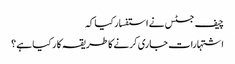
چیف جسٹس نے استفسار کیا کہ
اشتہارات جاری کرنے کا طریقہ کا ر کیا ہے ؟